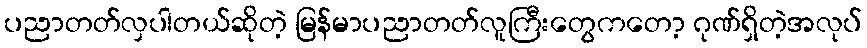
ပညာတတ်လှပါတယ်ဆိုတဲ့ မြန်မာပညာတတ်လူကြီးတွေကတော့ ဂုဏ်ရှိတဲ့အလုပ်